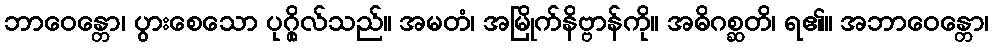
ဘာဝေန္တော၊ ပွားစေသော ပုဂ္ဂိုလ်သည်။ အမတံ၊ အမြိုက်နိဗ္ဗာန်ကို။ အဓိဂစ္ဆတိ၊ ရ၏။ အဘာဝေန္တော၊